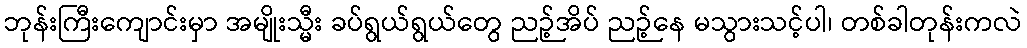
ဘုန်းကြီးကျောင်းမှာ အမျိုးသ္မီး ခပ်ရွယ်ရွယ်တွေ ညဉ့်အိပ် ညဉ့်နေ မသွားသင့်ပါ၊ တစ်ခါတုန်းကလဲ